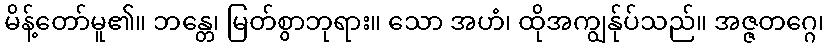
မိန့်တော်မူ၏။ ဘန္တေ၊ မြတ်စွာဘုရား။ သော အဟံ၊ ထိုအကျွန်ုပ်သည်။ အဇ္ဇတဂ္ဂေ၊